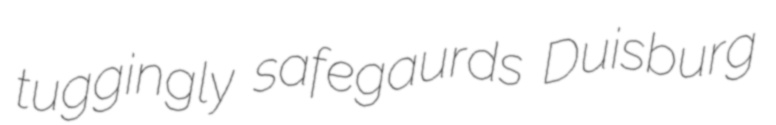
tuggingly safegaurds Duisburg